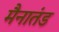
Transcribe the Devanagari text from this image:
मैनातंड